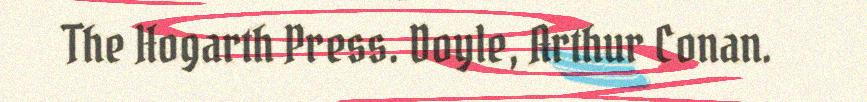
The Hogarth Press. Doyle, Arthur Conan.